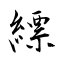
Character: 縹